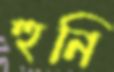
হুনি